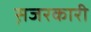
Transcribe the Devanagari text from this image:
स़जरकारी